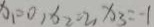
x _ { 1 } = 0 , x _ { 2 } = 2 , x _ { 3 } = - 1